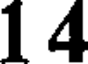
14